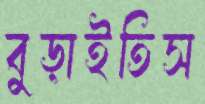
বুড়াইতিস